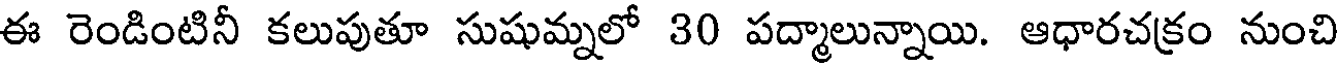
ఈ రెండింటినీ కలుపుతూ సుషుమ్నలో 30 పద్మాలున్నాయి. ఆధారచక్రం నుంచి